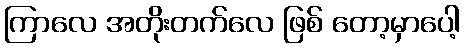
ကြာလေ အတိုးတက်လေ ဖြစ် တော့မှာပေါ့